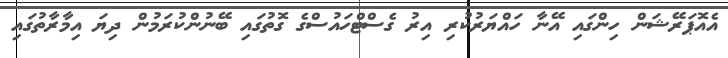
އެއޮޕަރޭޝަން ހިންގައި އޭނާ ހައްޔަރުކުރި އިރު ގެސްޓްހައުސްގެ ގޮތުގައި ބޭނުންކުރަމުން ދިޔަ އިމާރާތުގައި